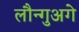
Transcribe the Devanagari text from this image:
लौन्गुअगे